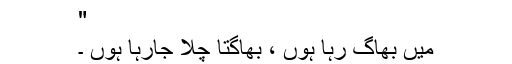
"
میں بھاگ رہا ہوں ، بھاگتا چلا جارہا ہوں ۔